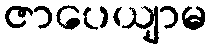
ဇာပေယျာမ